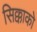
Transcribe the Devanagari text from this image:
सिक्काको